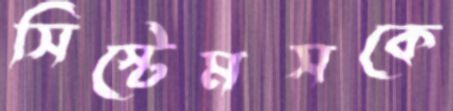
সিস্টেমসকে